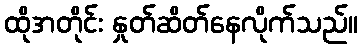
ထိုအတိုင်း နှုတ်ဆိတ်နေလိုက်သည်။